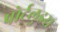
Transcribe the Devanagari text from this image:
पोर्टलुइस